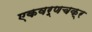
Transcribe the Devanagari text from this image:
एकवर्णचक्र